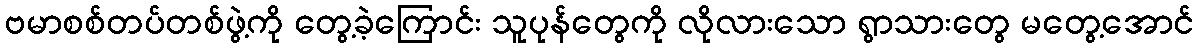
ဗမာစစ်တပ်တစ်ဖွဲ့ကို တွေ့ခဲ့ကြောင်း သူပုန်တွေကို လိုလားသော ရွာသားတွေ မတွေ့အောင်